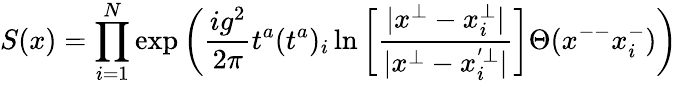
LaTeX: S(x)=\prod_{i=1}^{N}\exp\bigg(\frac{ig^{2}}{2\pi}t^{a}(t^{a})_{i}\ln\bigg[\frac{|x^{\bot}-x_{i}^{\bot}|}{|x^{\bot}-x_{i}^{'\bot}|}\bigg]\Theta(x^{--}x_{i}^{-})\bigg)